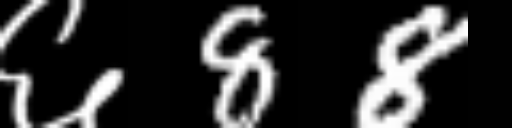
Text: ६88